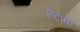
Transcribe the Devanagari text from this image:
छँटाक